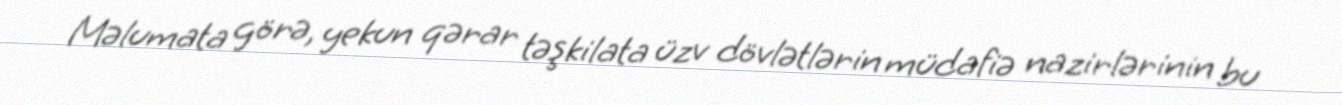
Məlumata görə, yekun qərar təşkilata üzv dövlətlərin müdafiə nazirlərinin bu